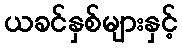
ယခင်နှစ်များနှင့်